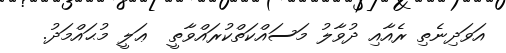
އަވަދިނެތި ރެއާއި ދުވާލު މަސައްކަތްކުރައްވާތީ  ޢަލީ މުޙައްމަދު.